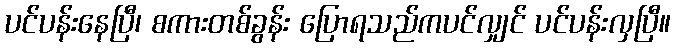
ပင်ပန်းနေပြီ၊ စကားတစ်ခွန်း ပြောရသည်ကပင်လျှင် ပင်ပန်းလှပြီ။